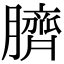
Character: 臍